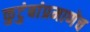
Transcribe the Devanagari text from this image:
कुटुंबांप्रमाणेच